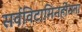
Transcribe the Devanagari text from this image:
सर्वविटामिनहीनता